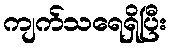
ကျက်သရေရှိပြီး